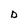
Character: D